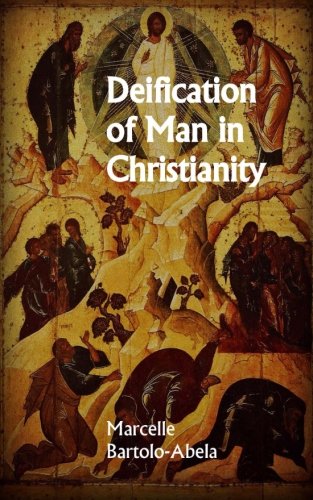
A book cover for Deification of Man in Christianity; Marcelle Bartolo-Abela; Christian Books & Bibles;